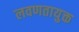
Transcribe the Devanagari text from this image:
लवणतायुक्त